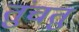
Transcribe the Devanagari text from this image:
तुंचतु